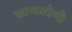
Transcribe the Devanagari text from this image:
काणकोणी